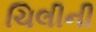
ચિલીની